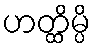
ဟတ္ထိမ္ပိ